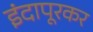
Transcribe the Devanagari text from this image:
इंदापूरकर